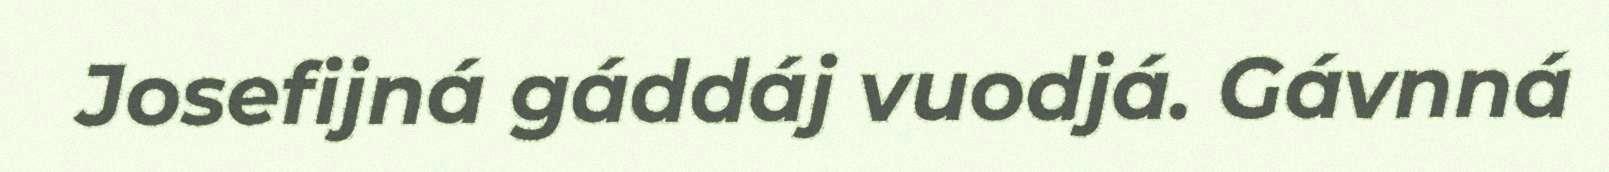
Josefijná gáddáj vuodjá. Gávnná